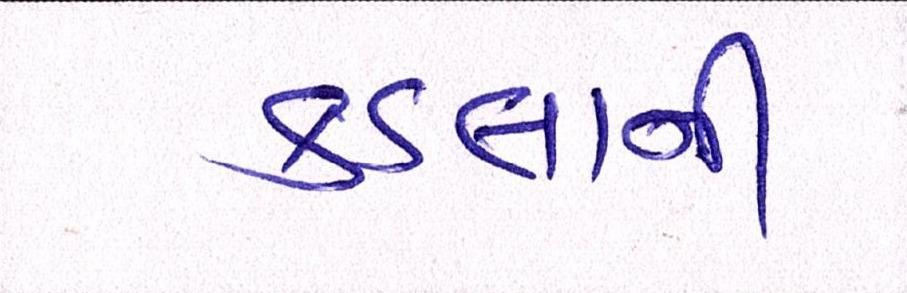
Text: કડલાની